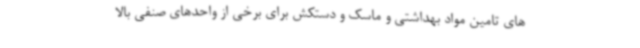
های تامین مواد بهداشتی و ماسک و دستکش برای برخی از واحدهای صنفی بالا